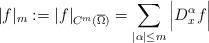
LaTeX: \begin{align*}|f |_m := |f |_{C^m(\overline{\Omega})}=\sum_{|\alpha|\leq m}{\Big |}D^{\alpha}_xf{\Big |}\end{align*}